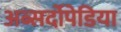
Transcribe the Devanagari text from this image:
अब्सर्दोपेडिया